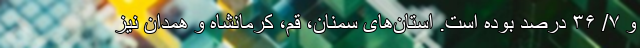
و ۷/ ۳۶ درصد بوده است. استان‌های سمنان، قم، کرمانشاه و همدان نیز